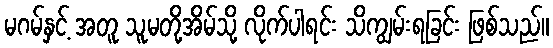
မဂမ်နှင့် အတူ သူမတို့အိမ်သို့ လိုက်ပါရင်း သိကျွမ်းရခြင်း ဖြစ်သည်။